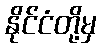
နိုင်ငံတို့မှ